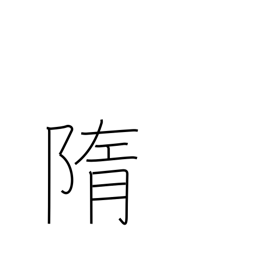
Meaning: remains of sacrifice